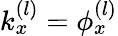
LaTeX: k_{x}^{\left(l\right)}=\phi_{x}^{\left(l\right)}